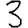
Digit: 3